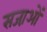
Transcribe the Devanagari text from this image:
सजा़ओं